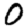
Digit: 0